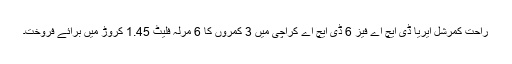
راحت کمرشل ایریا ڈی ایچ اے فیز 6 ڈی ایچ اے کراچی میں 3 کمروں کا 6 مرلہ فلیٹ 1.45 کروڑ میں برائے فروخت۔